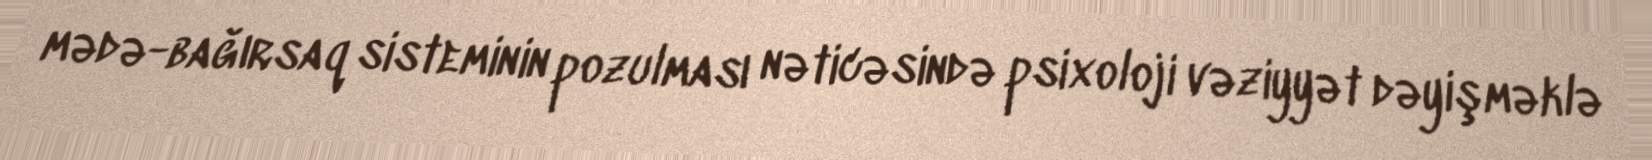
mədə-bağırsaq sisteminin pozulması nəticəsində psixoloji vəziyyət dəyişməklə